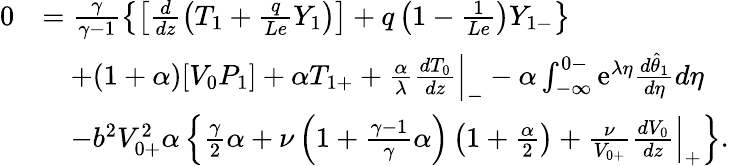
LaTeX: \begin{array}{rl}{0}&{=\frac{\gamma}{\gamma-1}\left\{ \left[\frac{d}{dz}\left(T_{1}+\frac{q}{Le}Y_{1}\right)\right]+q\left(1-\frac{1}{Le}\right)Y_{1-}\right\} }\\ &{\quad+(1+\alpha)[V_{0}P_{1}]+\alpha T_{1+}+\frac{\alpha}{\lambda}\frac{dT_{0}}{dz}\Big|_{-}-\alpha\int_{-\infty}^{0-}\mathrm{e}^{\lambda\eta}\frac{d\hat{\theta}_{1}}{d\eta}d\eta}\\ &{\quad-b^{2}V_{0+}^{2}\alpha\left\{ \frac{\gamma}{2}\alpha+\nu\left(1+\frac{\gamma-1}{\gamma}\alpha\right)\left(1+\frac{\alpha}{2}\right)+\frac{\nu}{V_{0+}}\frac{dV_{0}}{dz}\Big|_{+}\right\} .}\end{array}